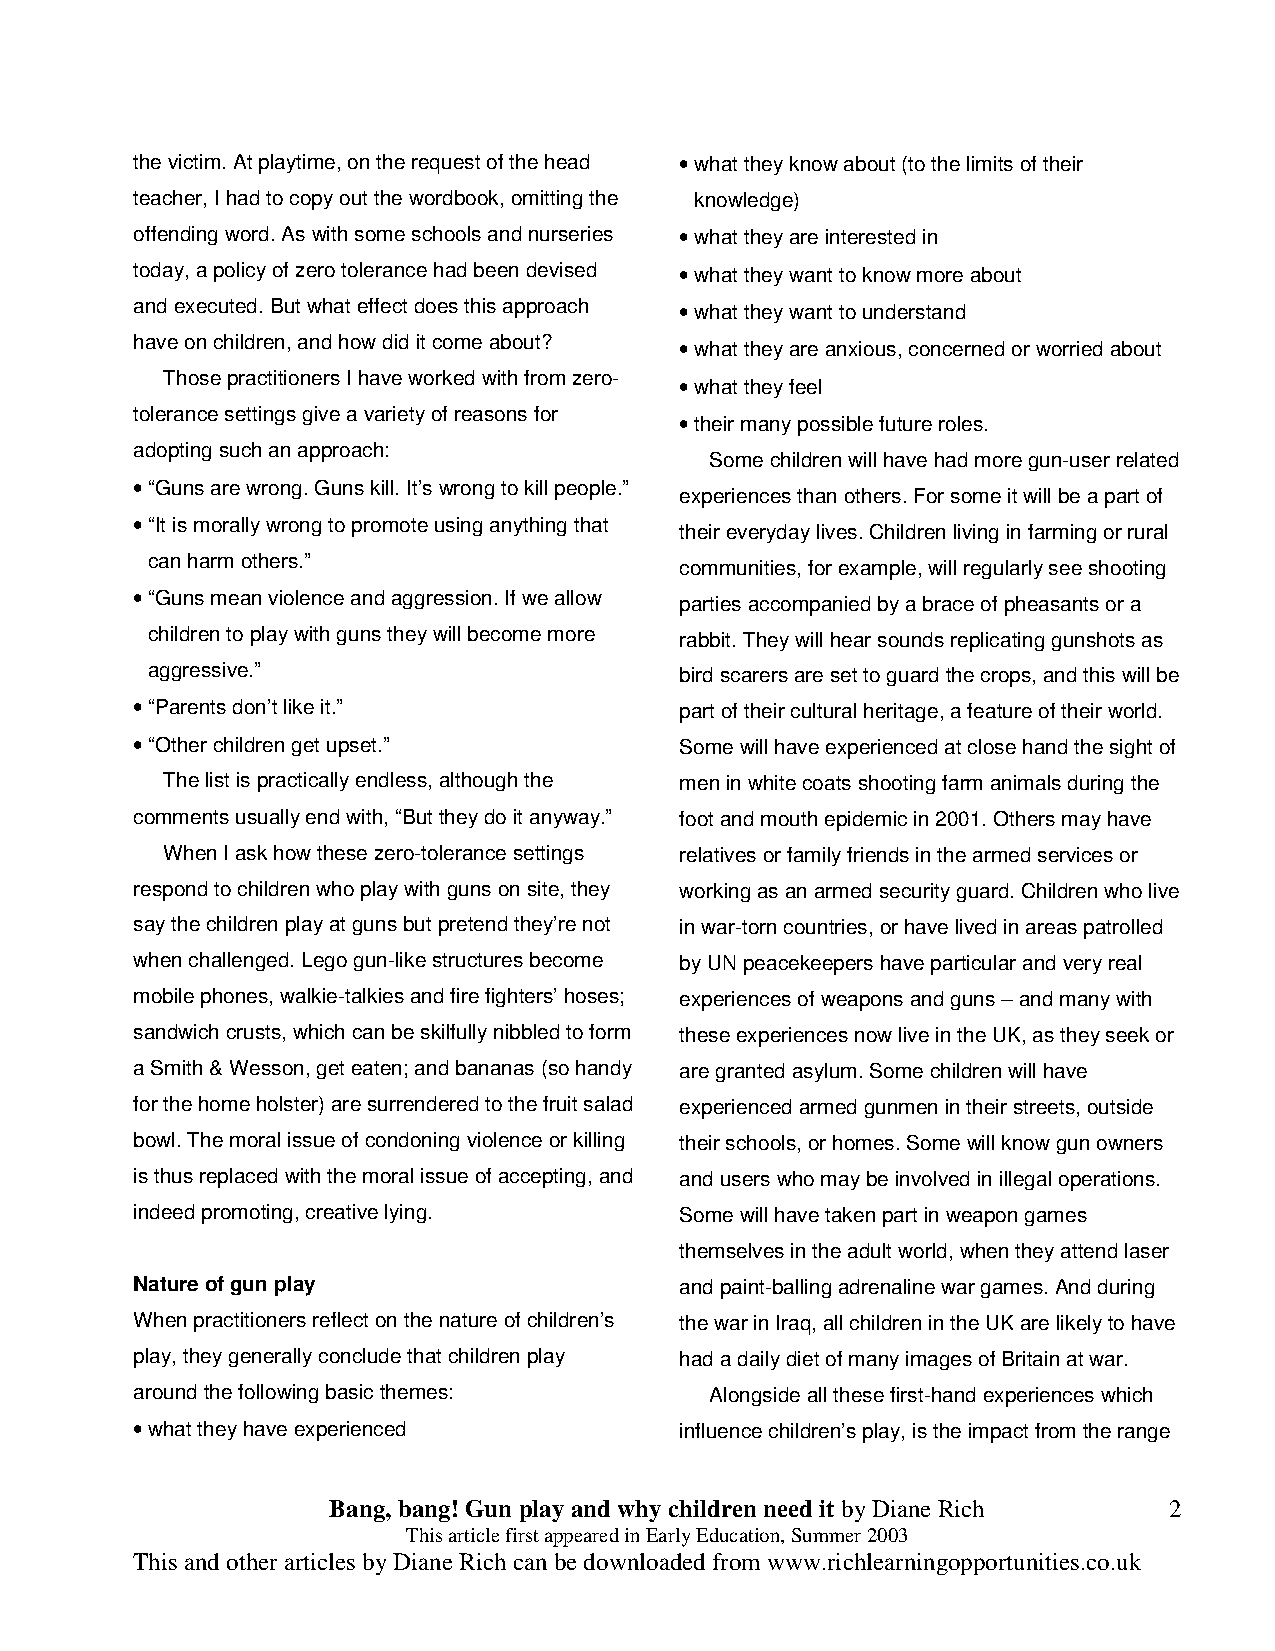
the victim. At playtime, on the request of the head • what they know about (to the limits of their
 teacher, I had to copy out the wordbook, omitting the knowledge)
 offending word. As with some schools and nurseries • what they are interested in
 today, a policy of zero tolerance had been devised • what they want to know more about
 and executed. But what effect does this approach • what they want to understand
 have on children, and how did it come about? • what they are anxious, concerned or worried about
 Those practitioners I have worked with from zero- • what they feel
 tolerance settings give a variety of reasons for • their many possible future roles.
 adopting such an approach:
 Some children will have had more gun-user related
 • “Guns are wrong. Guns kill. It’s wrong to kill people.”
 experiences than others. For some it will be a part of
 • “It is morally wrong to promote using anything that
 their everyday lives. Children living in farming or rural
 can harm others.”
 communities, for example, will regularly see shooting
 • “Guns mean violence and aggression. If we allow parties accompanied by a brace of pheasants or a
 children to play with guns they will become more rabbit. They will hear sounds replicating gunshots as
 aggressive.”                       bird scarers are set to guard the crops, and this will be
 • “Parents don’t like it.”          part of their cultural heritage, a feature of their world.
 • “Other children get upset.”       Some will have experienced at close hand the sight of
 The list is practically endless, although the men in white coats shooting farm animals during the
 comments usually end with, “But they do it anyway.” foot and mouth epidemic in 2001. Others may have
 When I ask how these zero-tolerance settings relatives or family friends in the armed services or
 respond to children who play with guns on site, they working as an armed security guard. Children who live
 say the children play at guns but pretend they’re not in war-torn countries, or have lived in areas patrolled
 when challenged. Lego gun-like structures become by UN peacekeepers have particular and very real
 mobile phones, walkie-talkies and fire fighters’ hoses; experiences of weapons and guns – and many with
 sandwich crusts, which can be skilfully nibbled to form these experiences now live in the UK, as they seek or
 a Smith & Wesson, get eaten; and bananas (so handy are granted asylum. Some children will have
 for the home holster) are surrendered to the fruit salad experienced armed gunmen in their streets, outside
 bowl. The moral issue of condoning violence or killing their schools, or homes. Some will know gun owners
 is thus replaced with the moral issue of accepting, and and users who may be involved in illegal operations.
 indeed promoting, creative lying.   Some will have taken part in weapon games
 themselves in the adult world, when they attend laser
 Nature of gun play                  and paint-balling adrenaline war games. And during
 When practitioners reflect on the nature of children’s the war in Iraq, all children in the UK are likely to have
 play, they generally conclude that children play had a daily diet of many images of Britain at war.
 around the following basic themes:    Alongside all these first-hand experiences which
 • what they have experienced        influence children’s play, is the impact from the range
 Bang, bang! Gun play and why children need it by Diane Rich 2
 This article first appeared in Early Education, Summer 2003
 This and other articles by Diane Rich can be downloaded from www.richlearningopportunities.co.uk